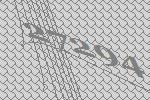
27294